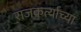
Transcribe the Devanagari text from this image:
राजकर्त्याच्या